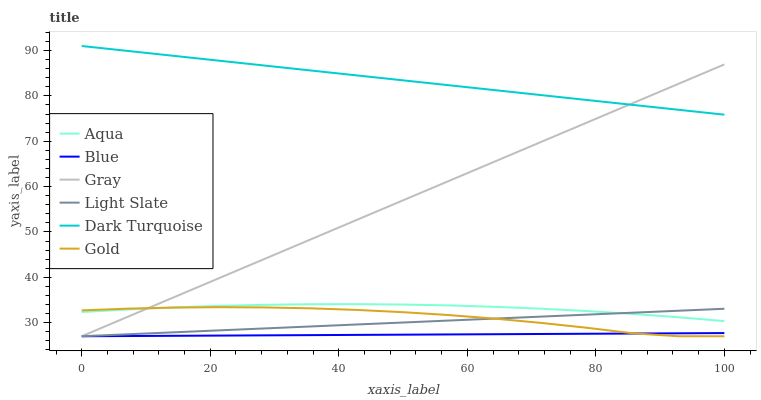
| xaxis_label | Aqua | Blue | Gray | Light Slate | Dark Turquoise | Gold |
 | --- | --- | --- | --- | --- | --- | --- |
 | 0 | 32.3 | 27 | 27 | 27 | 91 | 32.7 |
 | 7.14 | 32.9 | 27 | 31.3 | 27.4 | 89.9 | 33.1 |
 | 14.3 | 33.4 | 27.1 | 35.6 | 27.9 | 88.8 | 33.3 |
 | 21.4 | 33.7 | 27.1 | 39.8 | 28.3 | 87.8 | 33.4 |
 | 28.6 | 33.9 | 27.2 | 44.1 | 28.7 | 86.7 | 33.4 |
 | 35.7 | 34.1 | 27.2 | 48.4 | 29.2 | 85.6 | 33.1 |
 | 42.9 | 34.1 | 27.3 | 52.7 | 29.6 | 84.5 | 32.8 |
 | 50 | 34 | 27.3 | 57 | 30 | 83.4 | 32.3 |
 | 57.1 | 33.8 | 27.4 | 61.3 | 30.5 | 82.3 | 31.7 |
 | 64.3 | 33.5 | 27.4 | 65.5 | 30.9 | 81.3 | 30.9 |
 | 71.4 | 33.1 | 27.5 | 69.8 | 31.3 | 80.2 | 30 |
 | 78.6 | 32.6 | 27.5 | 74.1 | 31.8 | 79.1 | 28.9 |
 | 85.7 | 31.9 | 27.6 | 78.4 | 32.2 | 78 | 27.7 |
 | 92.9 | 31.2 | 27.6 | 82.7 | 32.6 | 76.9 | 27 |
 | 100 | 30.3 | 27.7 | 86.9 | 33.1 | 75.9 | 27 |